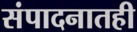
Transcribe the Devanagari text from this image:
संपादनातही